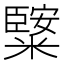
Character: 𥼿